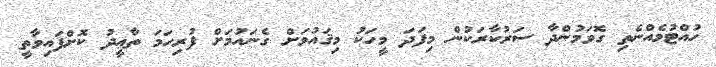
ހުއްޓުމެއްނެތި ގޮވަމުންދާ ސަރުކާރަކުން މިފަދަ މީހަކު މިޤައުމަށް ގެނައުމަށް ފުރިހަމަ ތާޢީދު ކޮށްފައިވާތީ